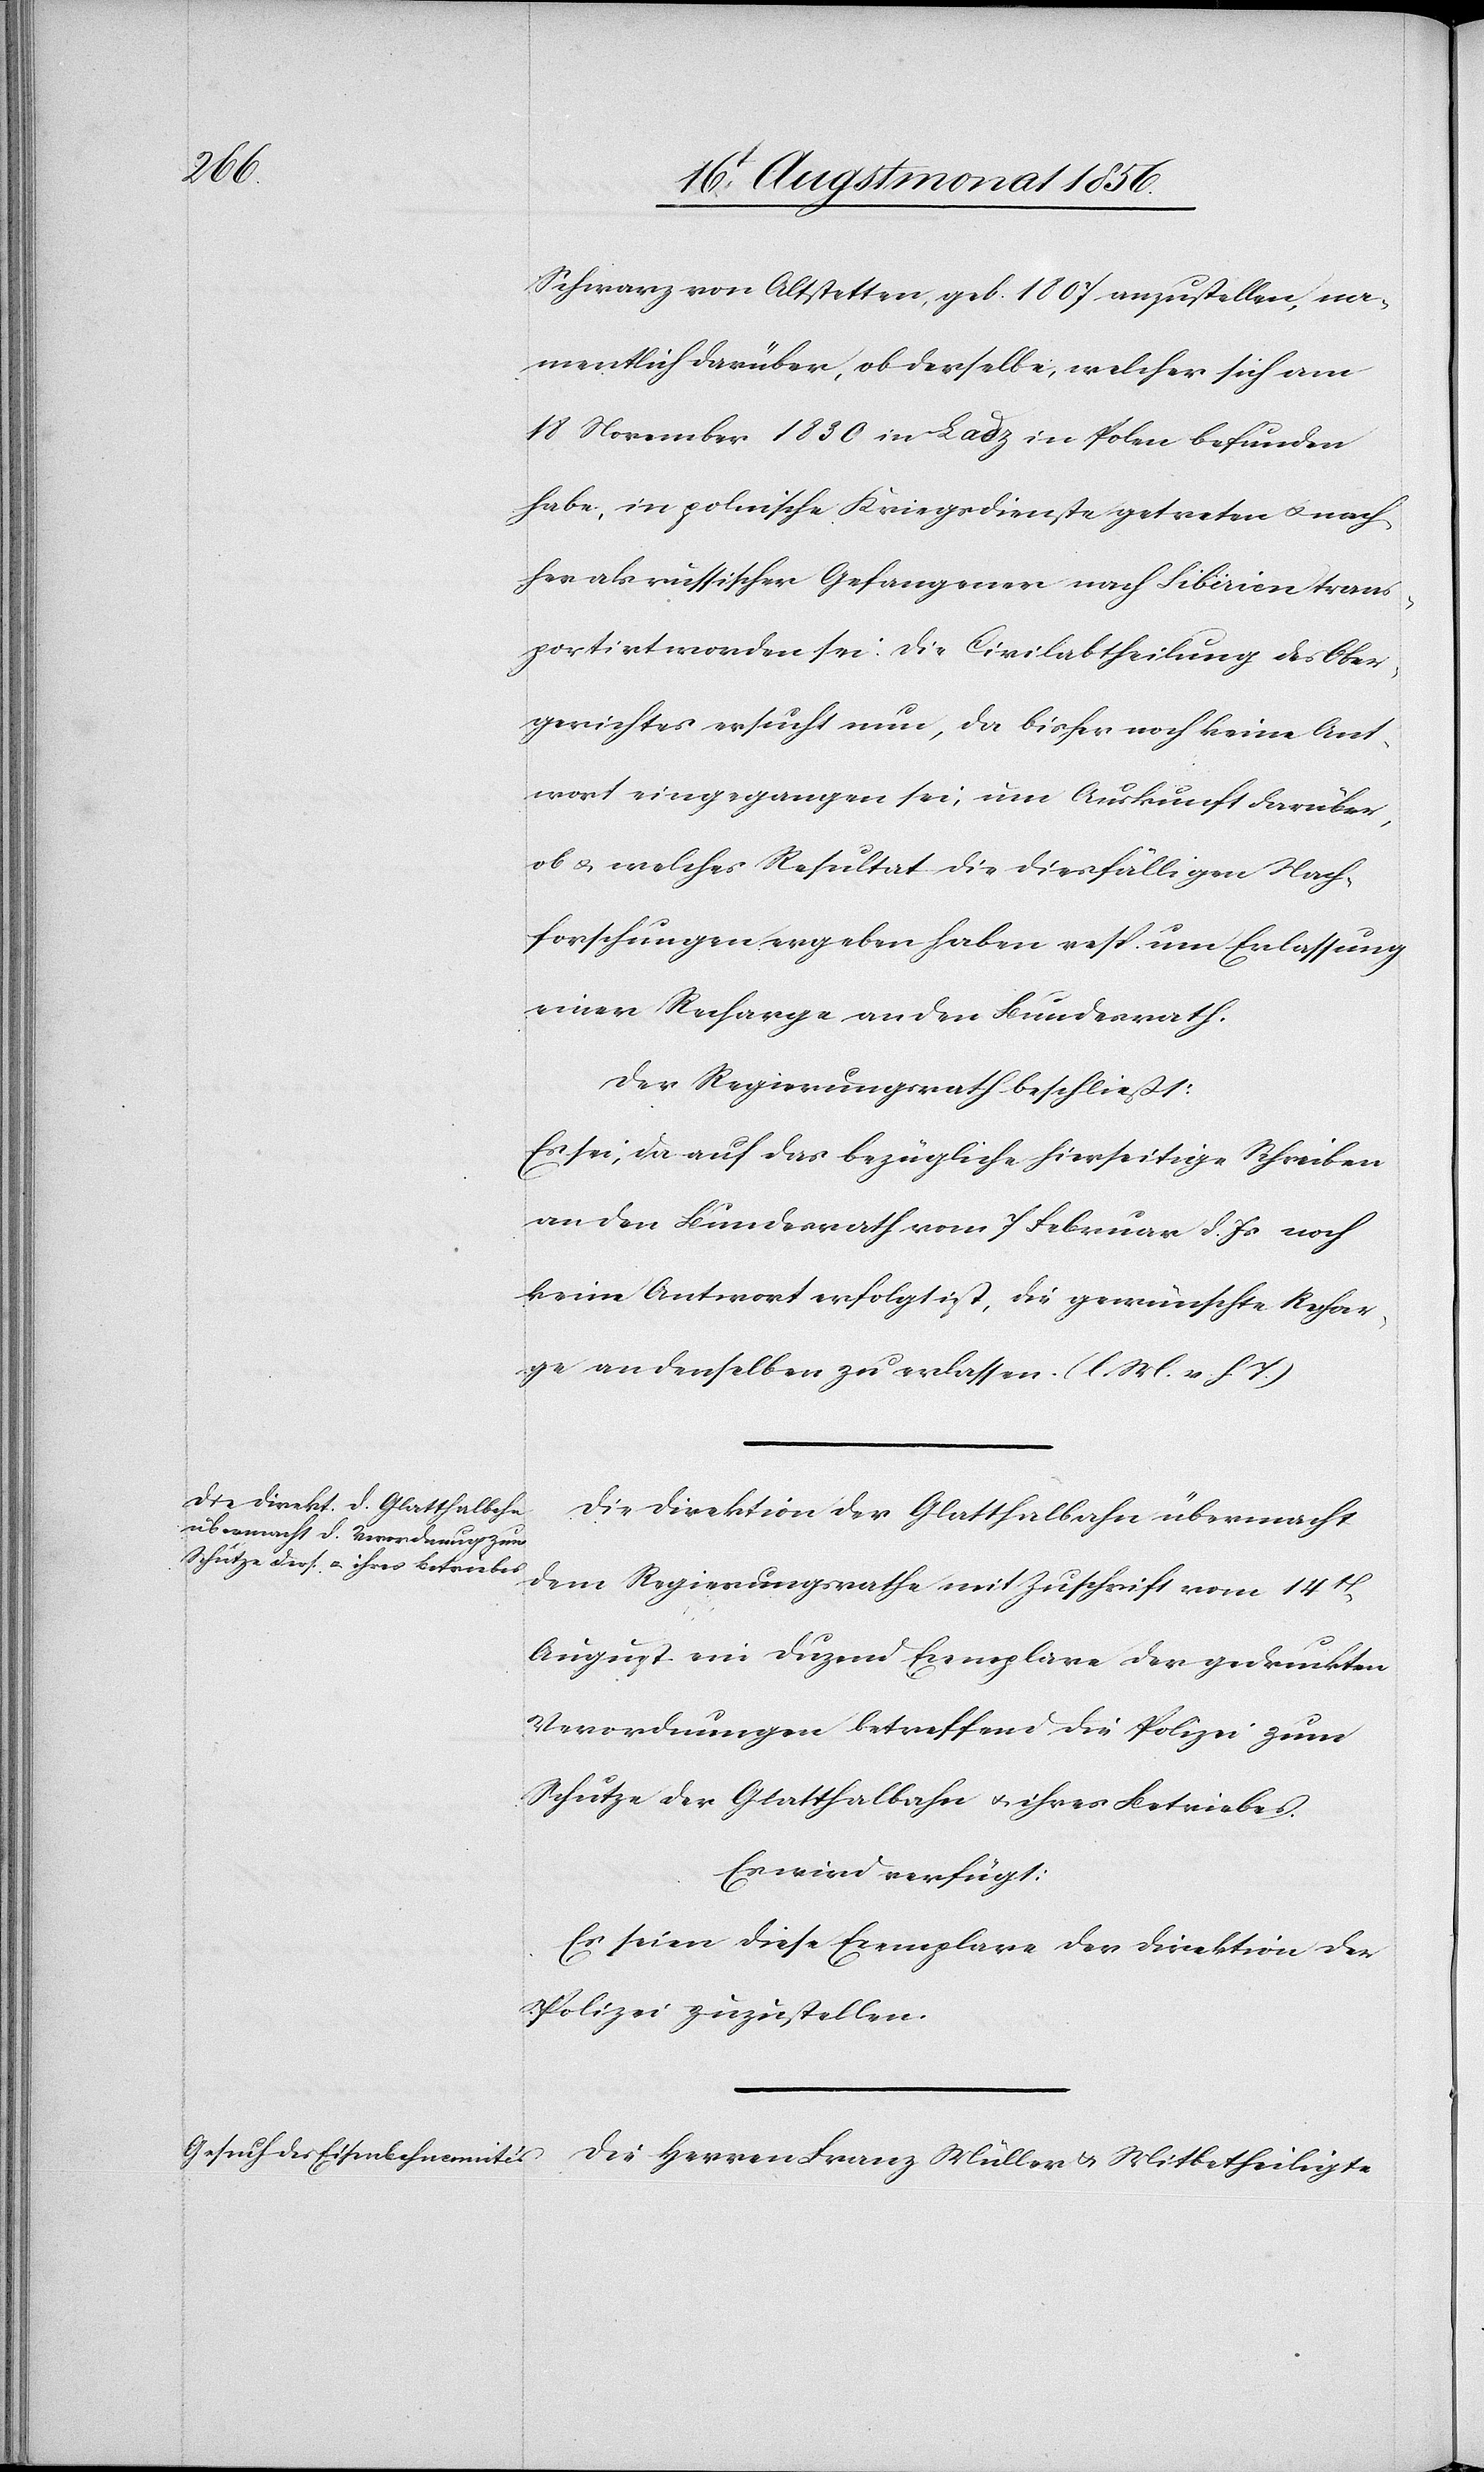
Schwarz von Altstetten [sic!], geb. 1807 anzustellen, na¬
mentlich darüber, ob derselbe, welcher sich am
18 November 1830 in Ladz in Polen befunden
habe, in polnische Kriegsdienste getreten u. nach¬
her als russischer Gefangener nach Sibirien trans¬
portirt worden sei. Die Civilabtheilung des Ober¬
gerichtes ersucht nun, da bisher noch keine Ant¬
wort eingegangen sei, um Auskunft darüber,
ob u. welches Resultat die diesfälligen Nach¬
forschungen ergeben haben resp. um Erlassung
einer Recharge an den Bundesrath.
Der Regierungsrath beschließt:
Es sei, da auf das bezügliche hierseitige Schreiben
an den Bundesrath vom 7 Februar d. Js noch
keine Antwort erfolgt ist, die gewünschte Rechar¬
ge an denselben zu erlassen. (l. M. v. h. T.)
Die Direktion der Glatthalbahn übermacht
dem Regierungsrathe mit Zuschrift vom 14t
August ein Duzend Exemplare der gedruckten
Verordnungen betreffend die Polizei zum
Schutze der Glatthalbahn u. ihres Betriebes.
Es wird verfügt:
Es seien diese Exemplare der Direktion der
Polizei zuzustellen.
Die Herren Franz Müller & Mitbetheiligte